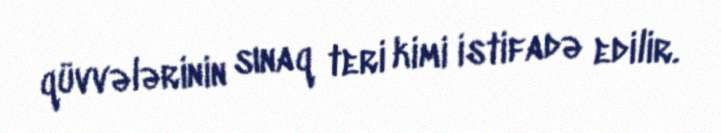
qüvvələrinin sınaq teri kimi istifadə edilir.